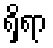
ရှိရာ